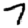
Digit: 7